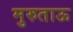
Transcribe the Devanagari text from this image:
मुरुताऊ